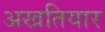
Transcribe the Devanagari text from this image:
अखतियार